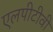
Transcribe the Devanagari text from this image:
एलपीटीवी